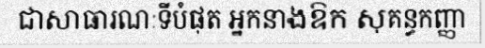
ជាសាធារណៈទីបំផុត អ្នកនាងឱក សុគន្ធកញ្ញា